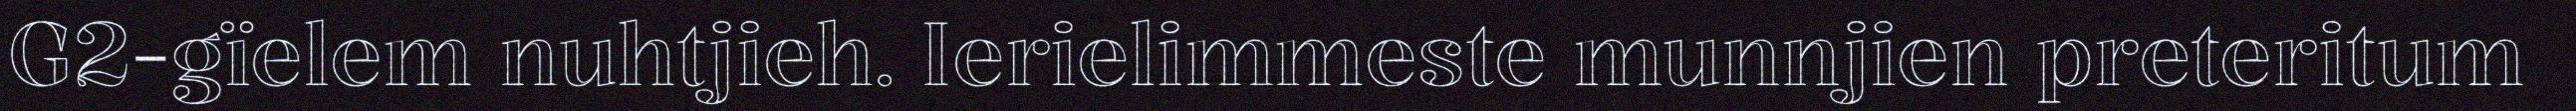
G2-gïelem nuhtjieh. Ierielimmeste munnjien preteritum